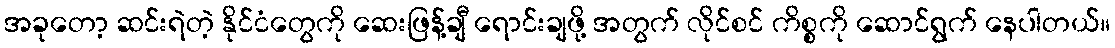
အခုတော့ ဆင်းရဲတဲ့ နိုင်ငံတွေကို ဆေးဖြန့်ချီ ရောင်းချဖို့ အတွက် လိုင်စင် ကိစ္စကို ဆောင်ရွက် နေပါတယ်။